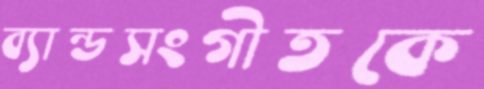
ব্যান্ডসংগীতকে